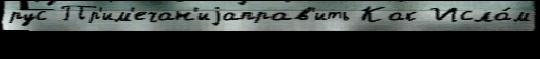
рус Пр'им'ечан'иjаправ'ить Как Исла́м